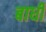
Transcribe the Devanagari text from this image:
बाधी